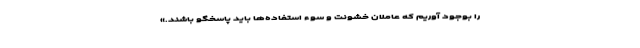
را بوجود آوریم که عاملان خشونت و سوء استفاده‌ها باید پاسخگو باشند.»